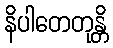
နိပါတေတုန္တိ